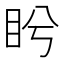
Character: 盻